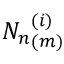
{ N _ { n } } _ { ( m ) } ^ { ( i ) }